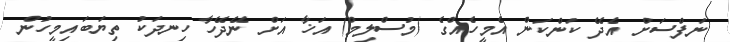
ނަފްސަށް އެދޭ ކަންކަން އެމީހެއްގެ (މުސްލިމް) އަޚާ އަށް ނޭދޭހާ ހިނދަކު ތިޔަބައިމީހުން